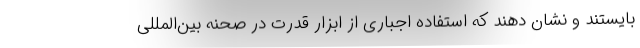
بایستند و نشان دهند که استفاده اجباری از ابزار قدرت در صحنه بین‌المللی